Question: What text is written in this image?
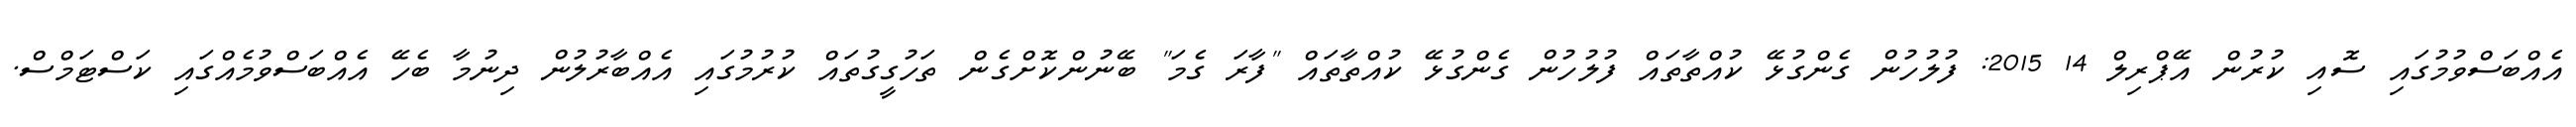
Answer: އެއްބަސްވުމުގައި ސޮއި ކުރުން އޭޕްރިލް 14 2015: ފުލުހުން ގެންގުޅޭ ކުއްތާތައް ފުލުހުން ގެންގުޅޭ ކުއްތާތައް "ފާރަ ގެމަ" ބޭނުންކޮށްގެން ތަހުގީގުތައް ކުރުމުގައި އެއްބާރުލުން ދިނުމާ ބެހޭ އެއްބަސްވުމެއްގައި ކަސްޓަމްސް.